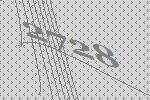
2728